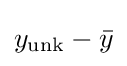
y_{\text{unk}}-{\bar {y}}